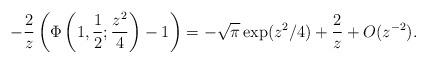
LaTeX: \begin{align*}-\frac{2}{z}\left( \Phi\left(1,\frac 12;\frac{z^2}{4}\right)-1\right) = -\sqrt{\pi} \exp(z^2/4) + \frac 2z + O(z^{-2}).\end{align*}